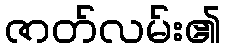
ဇာတ်လမ်း၏